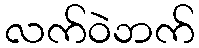
လက်ဝဲဘက်